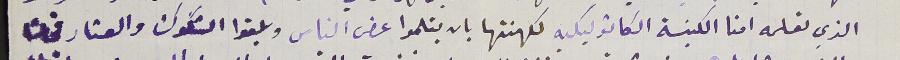
الذي تعلمه امنا الكنيسة الكاثوليكيه لكهنتها بان يتلموا عرض الناس وبلغوا الشكوك والعتار فحاشا